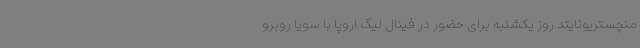
منچستریونایتد روز یکشنبه برای حضور در فینال لیگ اروپا با سویا روبرو